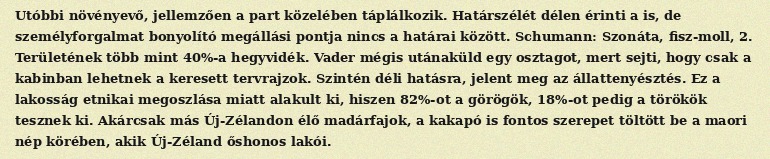
Utóbbi növényevő, jellemzően a part közelében táplálkozik. Határszélét délen érinti a is, de személyforgalmat bonyolító megállási pontja nincs a határai között. Schumann: Szonáta, fisz-moll, 2. Területének több mint 40%-a hegyvidék. Vader mégis utánaküld egy osztagot, mert sejti, hogy csak a kabinban lehetnek a keresett tervrajzok. Szintén déli hatásra, jelent meg az állattenyésztés. Ez a lakosság etnikai megoszlása miatt alakult ki, hiszen 82%-ot a görögök, 18%-ot pedig a törökök tesznek ki. Akárcsak más Új-Zélandon élő madárfajok, a kakapó is fontos szerepet töltött be a maori nép körében, akik Új-Zéland őshonos lakói.